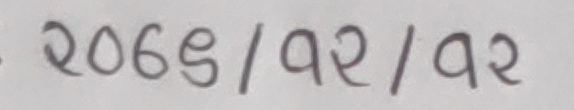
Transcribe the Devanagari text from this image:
२०६९/१२/१२